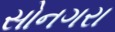
સોનગરા